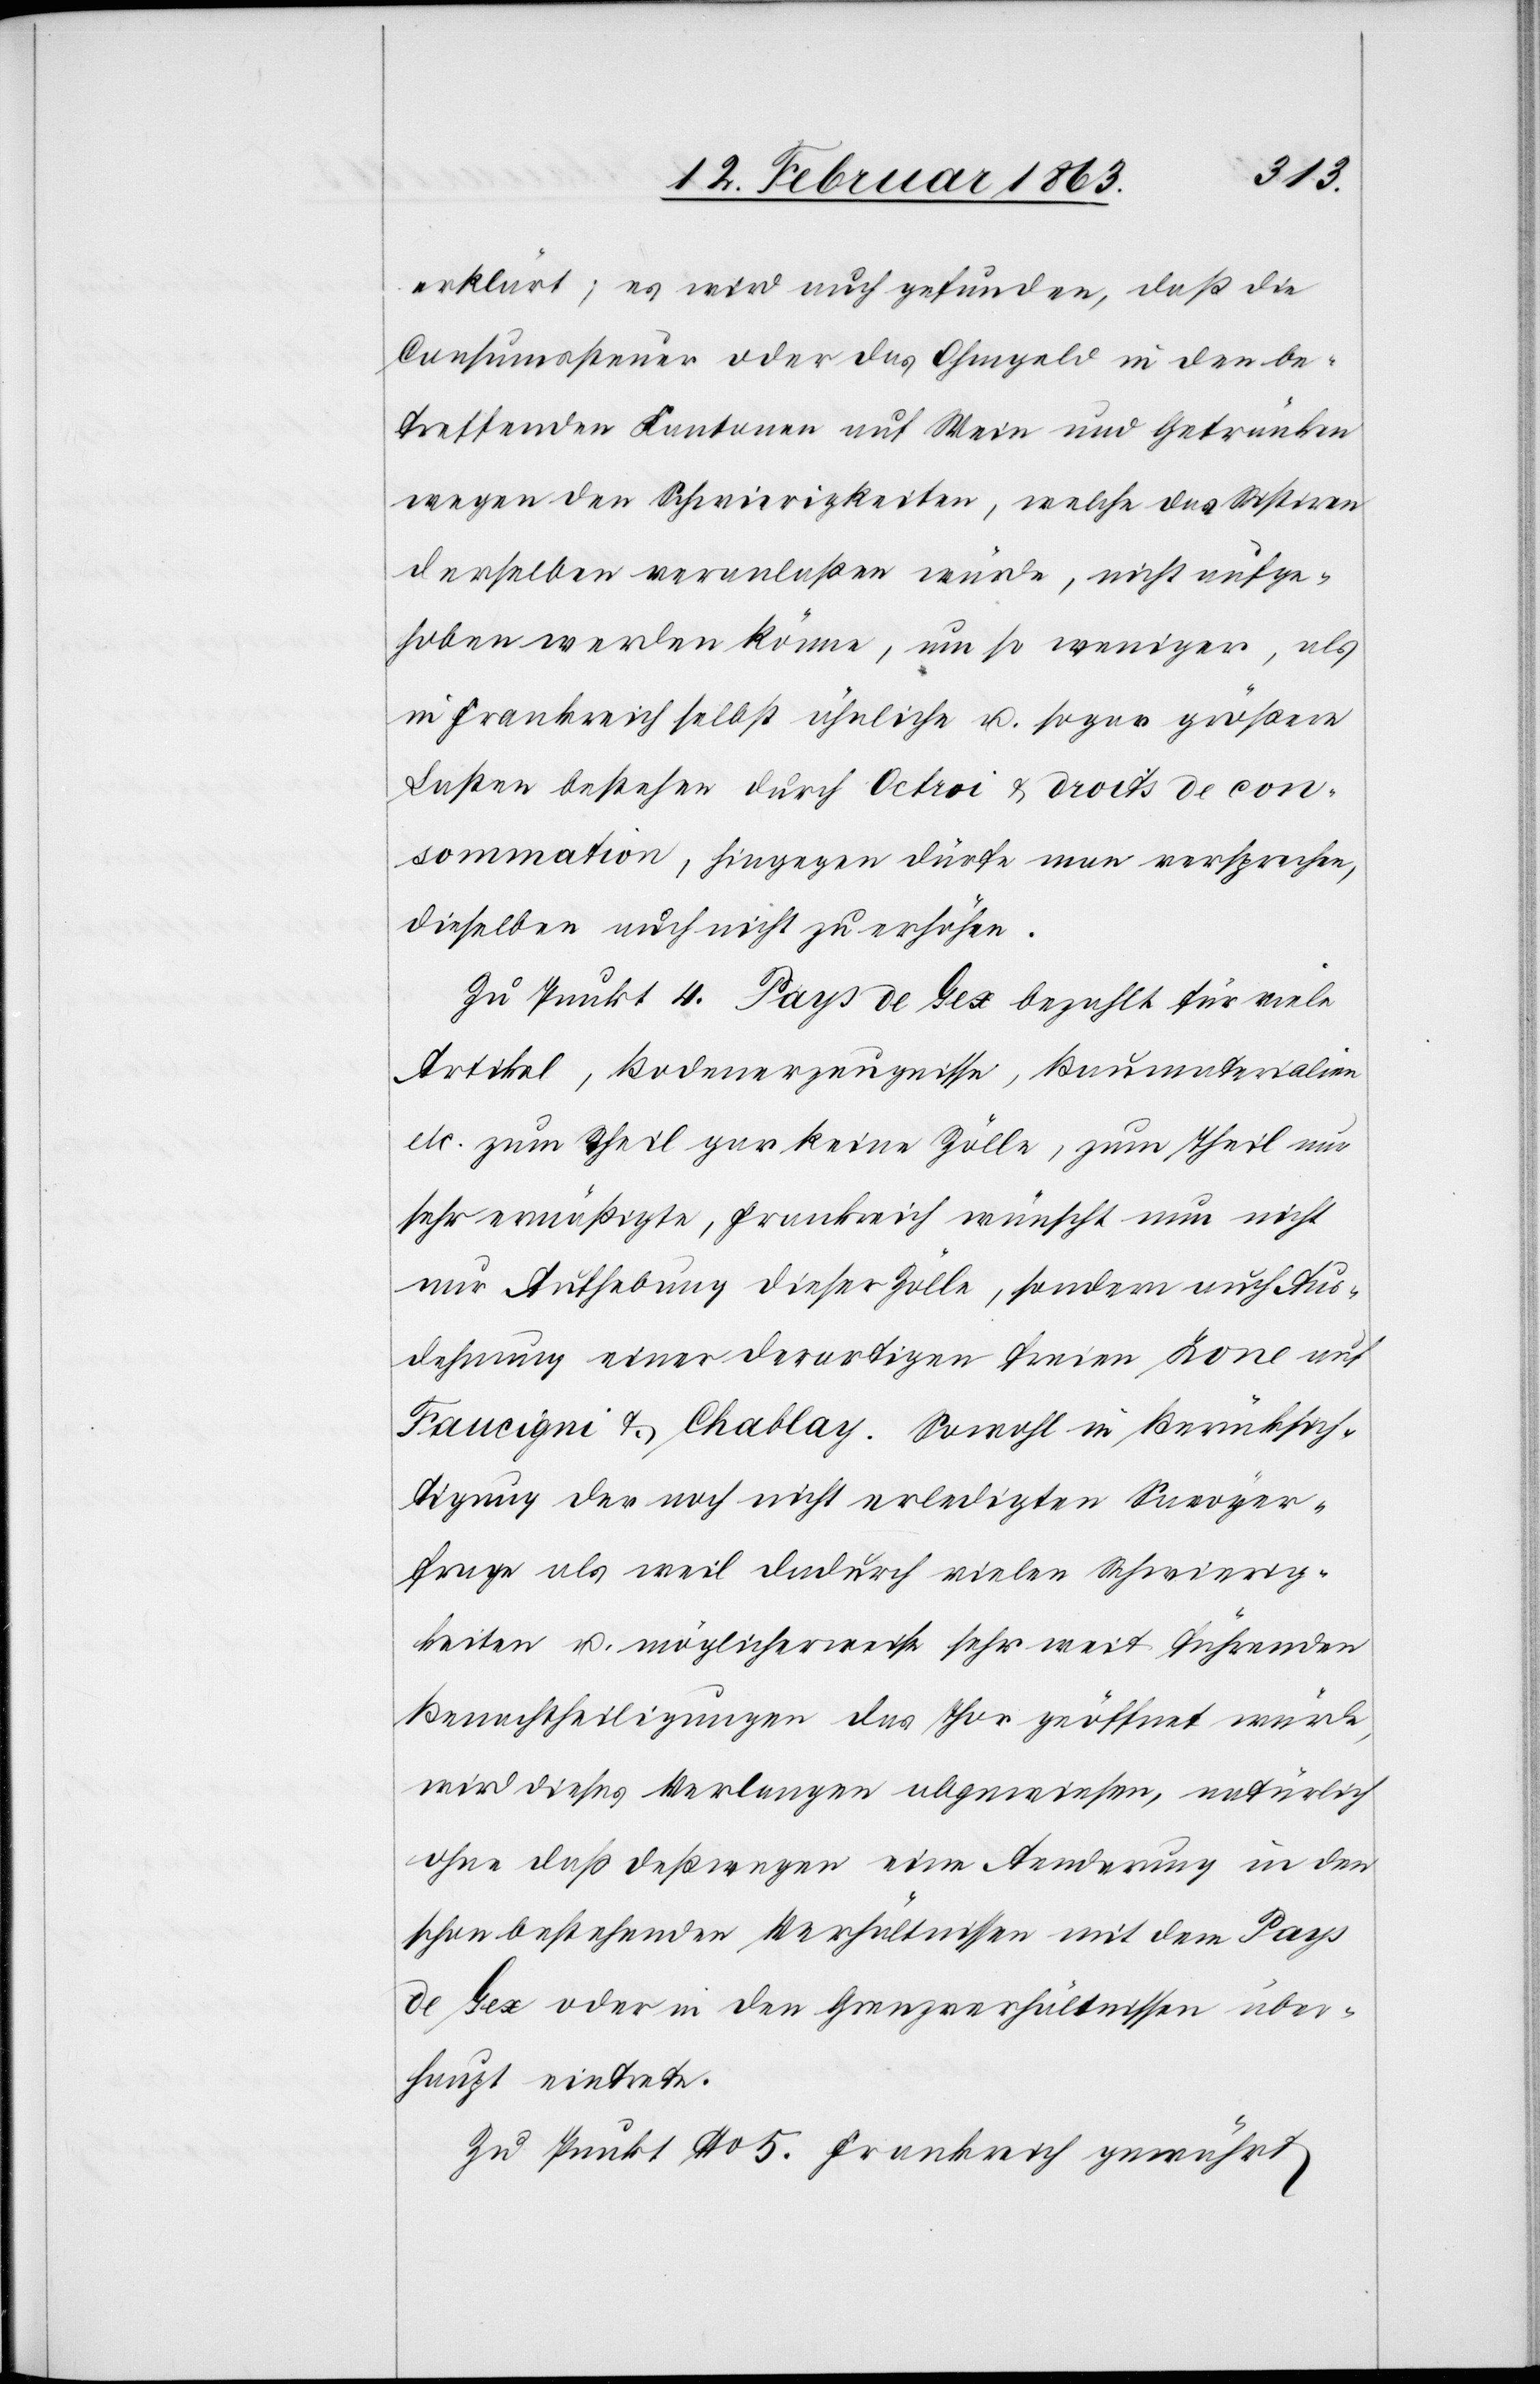
erklärt; es wird auch gefunden, daß die
Consumssteuer oder das Ohmgeld in den be¬
treffenden Kantonen auf Wein und Getränken
wegen der Schwierigkeiten, welche das Sistiren
derselben veranlaßen würde, nicht aufge¬
hoben werden könne, um so weniger, als
in Frankreich selbst ähnliche u. sogar größere
Lasten bestehen durch Octroi & droits de con¬
sommation, hingegen dürfe man versprechen,
dieselben auch nicht zu erhöhen.
Zu Punkt 4. Pays de Gex bezahlt für viele
Artikel, Bodenerzeugnisse, Baumaterialien
etc. zum [?T]heil gar keine Zölle, zum Theil nur
sehr ermäßigte, Frankreich wünscht nun nicht
nur Aufhebung dieser Zölle, sondern auch Aus¬
dehnung einer derartigen freien Zone auf
Faucigni & Chablay. Sowohl in Berücksich¬
tigung der noch nicht erledigten Savoyer¬
frage als weil dadurch vielen Schwierig¬
keiten u. möglicherweise sehr weit führenden
Benachtheiligungen das Thor geöffnet würde,
wird dieses Verlangen abgewiesen, natürlich
ohne daß deßwegen eine Aenderung in den
schon bestehenden Verhältnissen mit dem Pays
de Gex oder in den Grenzverhältnissen über¬
haupt eintrete.
Zu Punkt No 5. Frankreich gewährt